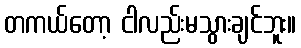
တကယ်တော့ ငါလည်းမသွားချင်ဘူး။